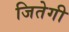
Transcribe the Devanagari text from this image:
जितेगी